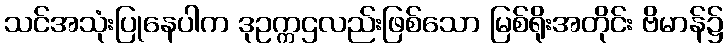
သင်အသုံးပြုနေပါက ဒုဥက္ကဌလည်းဖြစ်သော မြစ်ရိုးအတိုင်း ဗိမာန်၌